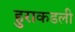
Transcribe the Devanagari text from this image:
हुराकडली